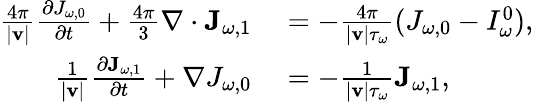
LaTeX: \begin{array}{rl}{\frac{4\pi}{|\mathbf v|}\frac{\partial J_{\omega,0}}{\partial t}+\frac{4\pi}{3}\nabla\cdot\mathbf J_{\omega,1}}&{{}=-\frac{4\pi}{|\mathbf v|\tau_{\omega}}(J_{\omega,0}-I_{\omega}^{0}),}\\ {\frac{1}{|\mathbf v|}\frac{\partial\mathbf J_{\omega,1}}{\partial t}+\nabla J_{\omega,0}}&{{}=-\frac{1}{|\mathbf v|\tau_{\omega}}\mathbf J_{\omega,1},}\end{array}